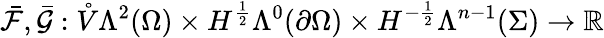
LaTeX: \bar{\mathcal{F}},\bar{\mathcal{G}}:\mathring{V}\Lambda^{2}(\Omega)\times H^{\frac{1}{2}}\Lambda^{0}(\partial\Omega)\times H^{-\frac{1}{2}}\Lambda^{n-1}(\Sigma)\to\mathbb{R}